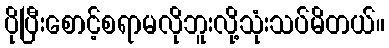
ပိုပြီးစောင့်စရာမလိုဘူးလို့သုံးသပ်မိတယ်။